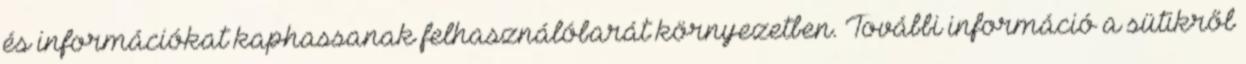
és információkat kaphassanak felhasználóbarát környezetben. További információ a sütikről